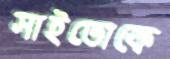
সাইতোকে